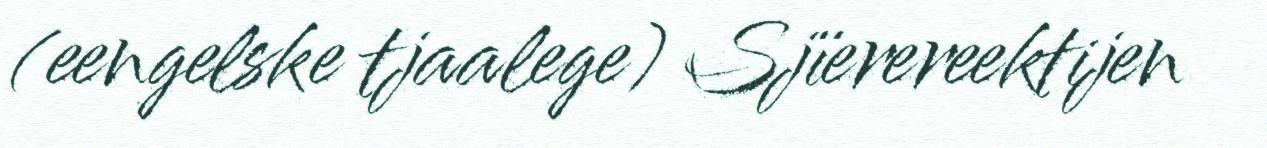
(eengelske tjaalege) Sjïerereektijen